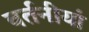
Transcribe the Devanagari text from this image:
वर्तनीयां